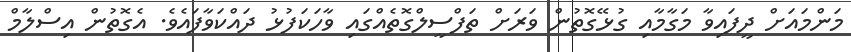
މަންމައަށް ދީފައިވާ މަގާމާއި ގުޅޭގޮތުން ވަރަށް ތަފްސީލްގޮތެއްގައި ވާހަކަފުޅު ދައްކަވާފައެވެ. އެގޮތުން އިސްލާމް